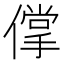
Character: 𰂱